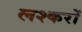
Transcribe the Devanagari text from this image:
लश्करों